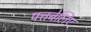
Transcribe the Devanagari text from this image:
पत्तबेलिए